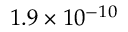
1 . 9 \times 1 0 ^ { - 1 0 }